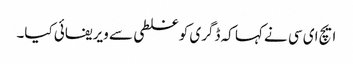
ایچ ای سی نے کہا کہ ڈگری کو غلطی سے ویریفائی کیا۔